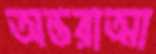
অন্তরাত্মা